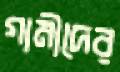
গামীদের